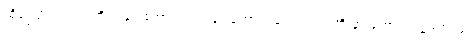
ထို့ကြောင့် “သင်တို့လဲ နားထောင်၊ ငါလဲနားထောင်၊ ပေါင်း၍ ငါတို့ နားထောင်ကုန်အံ့” ဟု